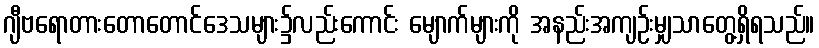
ဂျီဗရောတားတောတောင်ဒေသများ၌လည်းကောင်း မျောက်များကို အနည်းအကျဉ်းမျှသာတွေ့ရှိရသည်။